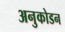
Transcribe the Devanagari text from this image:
अनुकोडन